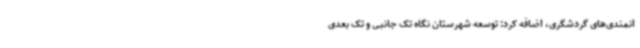
انمندی‌های گردشگری، اضافه کرد: توسعه شهرستان نگاه تک جانبی و تک بعدی